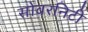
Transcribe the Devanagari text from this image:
सोवरनिटी